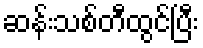
ဆန်းသစ်တီထွင်ပြီး